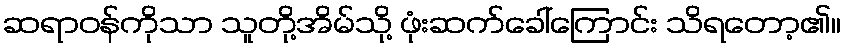
ဆရာဝန်ကိုသာ သူတို့အိမ်သို့ ဖုံးဆက်ခေါ်ကြောင်း သိရတော့၏။